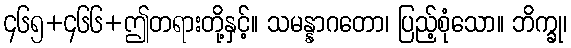
၄၆၅+၄၆၆+ဤတရားတို့နှင့်။ သမန္နာဂတော၊ ပြည့်စုံသော။ ဘိက္ခု၊